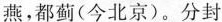
燕，都蓟(今北京)。分封